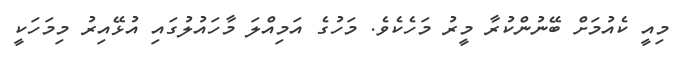
މިއީ ކެއުމަށް ބޭނުންކުރާ މީރު މަހެކެވެ. މަހުގެ އަމިއްލަ މާހައުލުގައި އުޅޭއިރު މިމަހަކީ